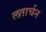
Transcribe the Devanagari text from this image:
लतार्चन